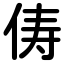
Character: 俦